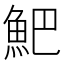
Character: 䰾